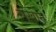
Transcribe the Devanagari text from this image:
सखोन